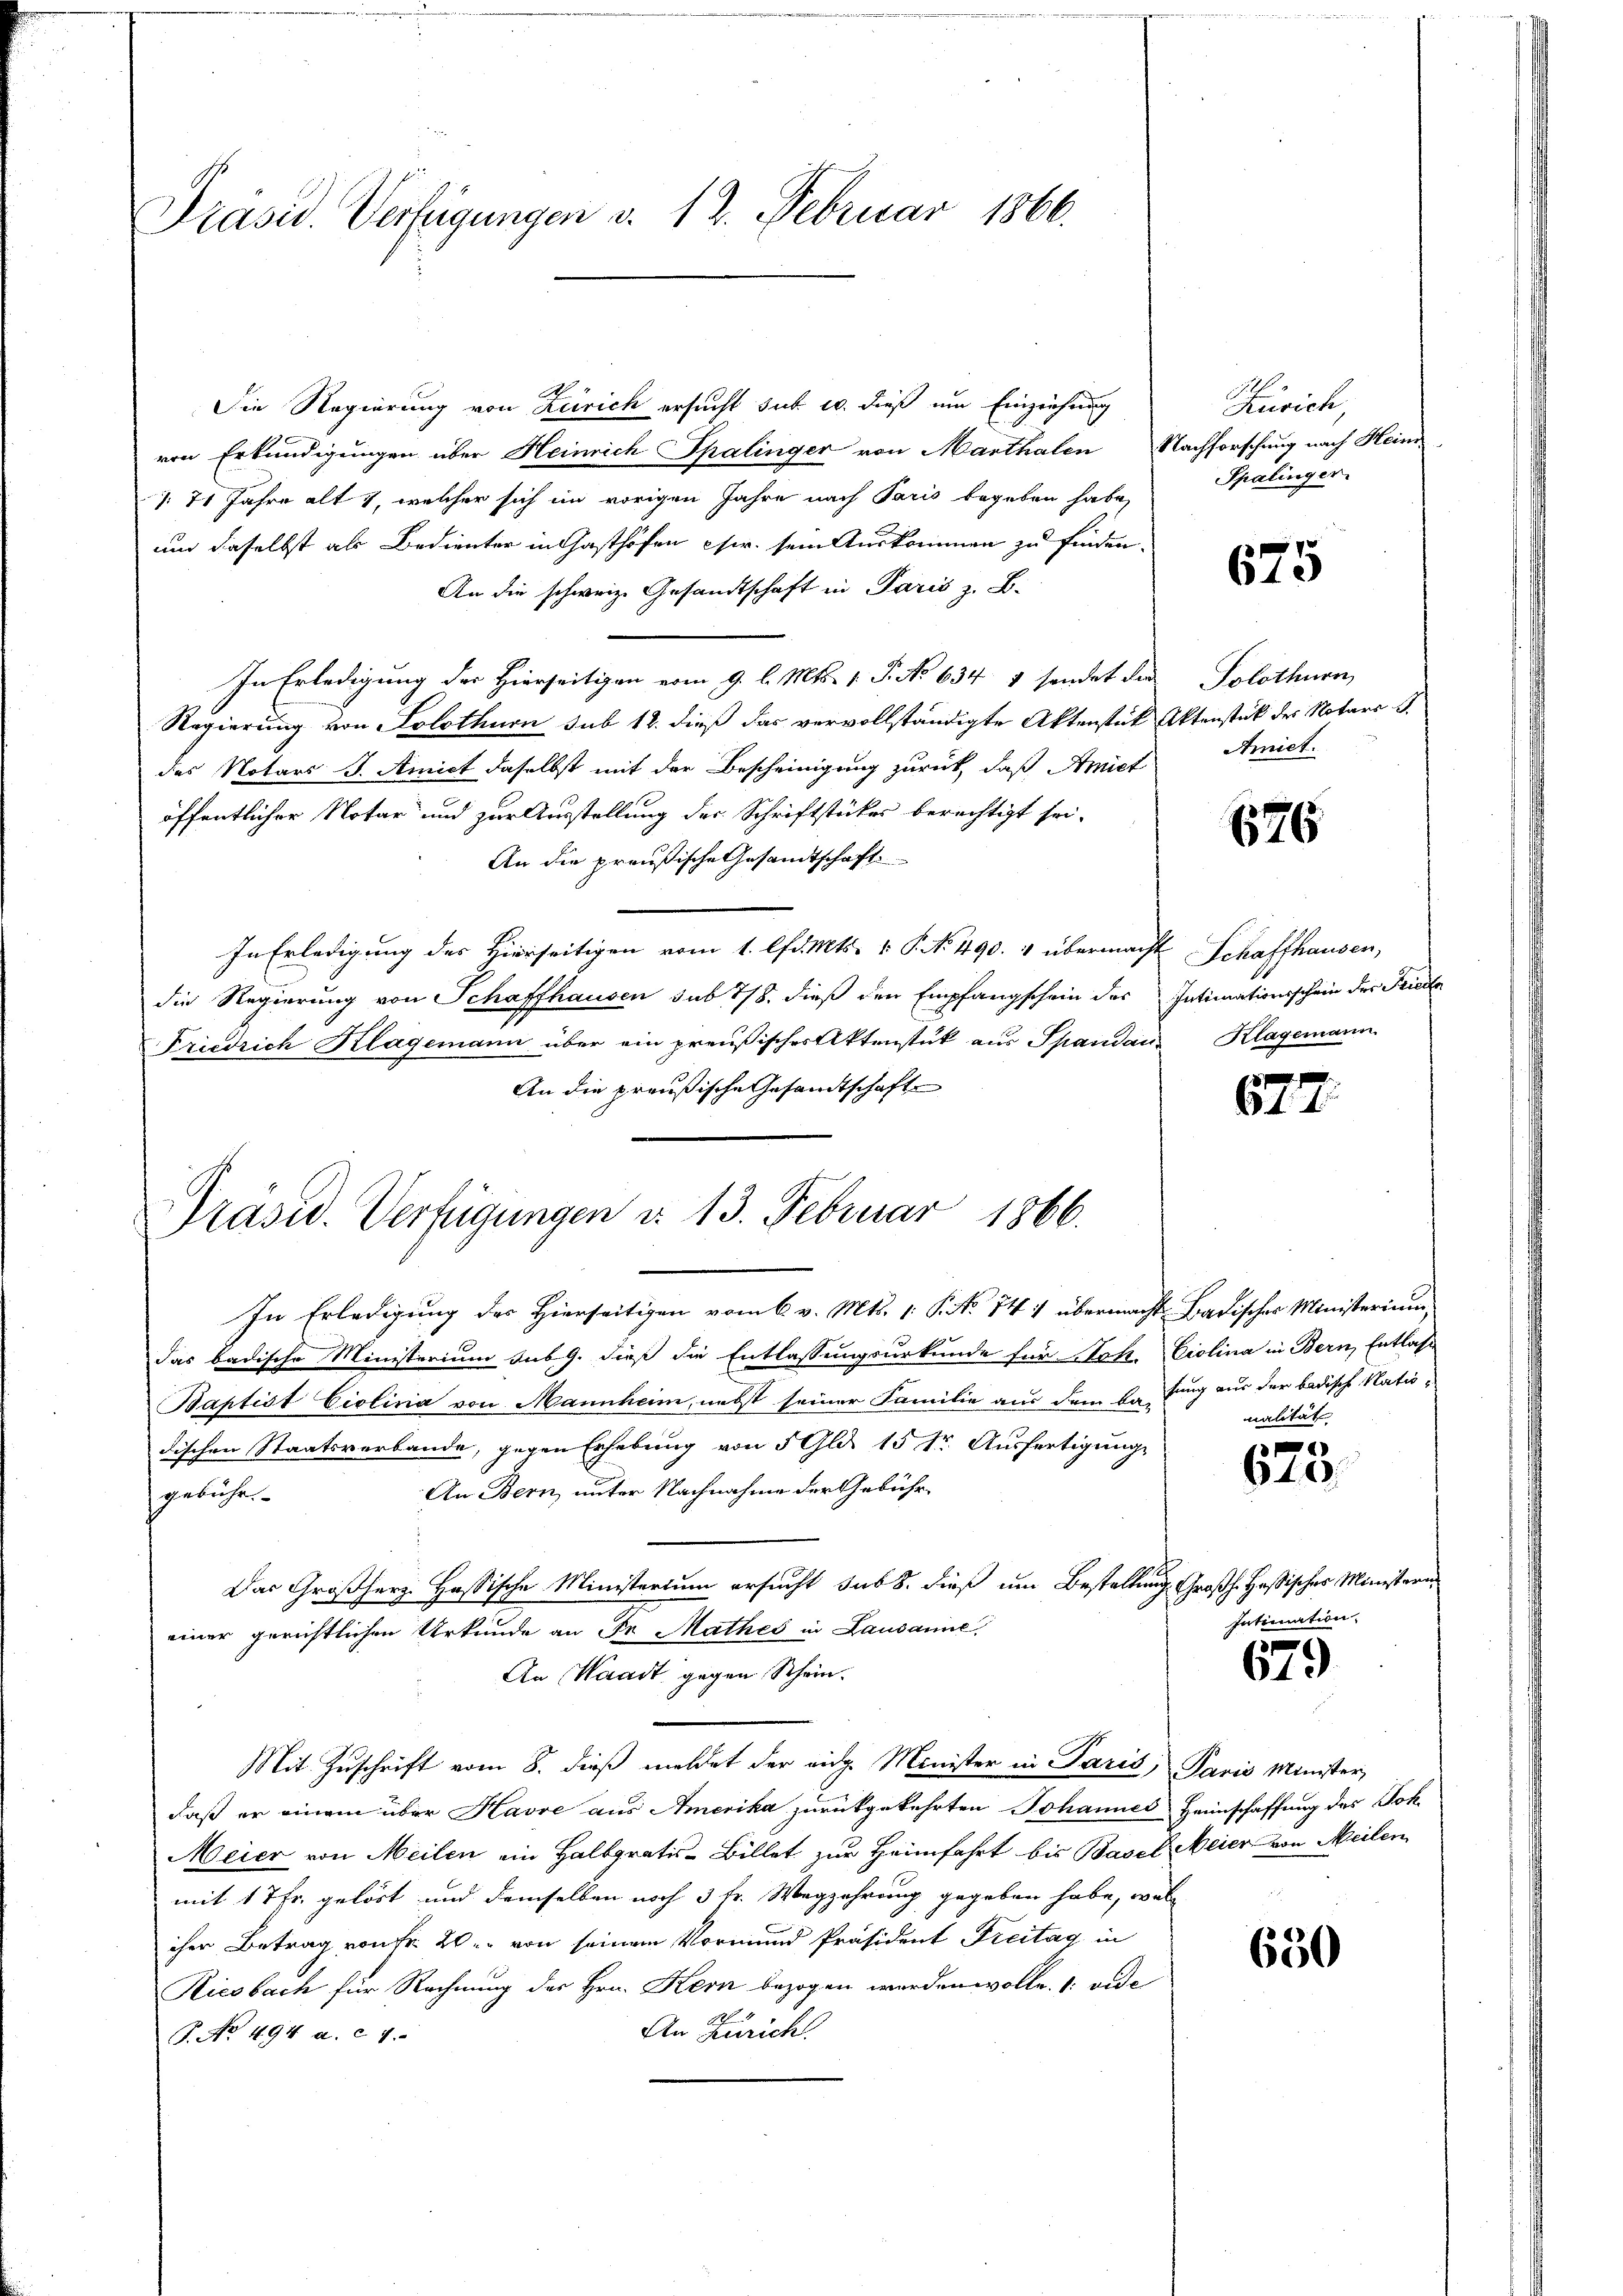
Präsid. Verfügungen v. 12. Februar 1866.

Die Regierung von Zürich ersucht sub. u. dieß um Einziehung
von Erkundigungen über Meinrich Spalinger von Marthalen Nachforschung nach Heinr
1. 71 Jahre alt 2, welcher sich im vorigen Jahre nach Paris begeben habe,
und daselbst als Bedienter in Gasthöfen cir. sein Auskommen zu finden.
An die schweiz. Gesandtschaft in Paris z. B.
In Erledigung der Hierseitigen vom 9. l. Mts. 1. P. No 634 1 sendet der Solothurn,
Regierung von Solothurn sub 12. dieß das vervollständigte Aktenstück Aktenstück des Notars S.
des Notars J. Amict daselbst mit der Bescheinigung zurück, daß Amiet
öffentlicher Notar und zur Ausstellung der Schriftstückes berechtigt sei¬
An die preußische Gesandtschaft
In Erledigung des Hierseitigen vom 1. lfd. Mts. v. P. No. 490. 4 übermacht Schaffhausen,
die Regierung von Schaffhausen sub 7/8 dieß den Empfangschein des Intimationsschein der Friede
Friedrich Klagemann über ein preußisches Aktenstück aus Spandans Klagemann
An die preußische Gesandtschafte

Präsid. Verfügungen d. 13. Februar 1866.

einer gerichtlichen Urkunde an Fr. Mathes in Lausanne

Zürich,
Spalinger

In Erledigung des Hierseitigen vom 6. v. Mts. 1. P. No 141 übermacht Badischer Ministerium,
das badische Ministerium sub 9. dieß die Entlassungsurkunde für Stat. Ciolina in Bern, Entlasse
Baptist Ciolina von Mannheim, nebst seiner Familie aus dem Erkung aus der badische Natiodischen Staatsverbande, gegen Erhebung von 5 Gld. 15 tr. Ausfertigung
An Bern, unter Nachnahme der Gebühr.
gebühr.
Das Großherz. Hassische Ministerium ersucht sub 8. dieß um Bestaltung
An Waadt gegen Schein.
Mit Zuschrift vom 8. dieß meldet der eidg. Minister in Paris, Paris Minister,
daß er einem über Havre aus Amerika zurückgekehrten Johannes Heimschaffung des Sok
Meier von Meilen ein Halbpratis-Billet zur Heimfahrt bis Basel Meier von Meilen
mit 17 Fr. gelöst und demselben noch 3 fr. Wegzehrung gegeben habe, welc
iher Betrag von Fr. 20. von seinem Vormund Präsident Freitag in
Riesbach für Rechnung des Hrn. Kern bezogen werden wolle. 1. ande
An Zürich.
P. No. 494 a. c. 7.

675

Amiet.

676

g
1

nalität

f
640

Großh. Hassisches Ministern
Intimation

679

650